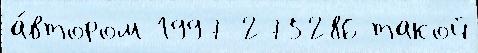
а́втором 1997 275286 такой